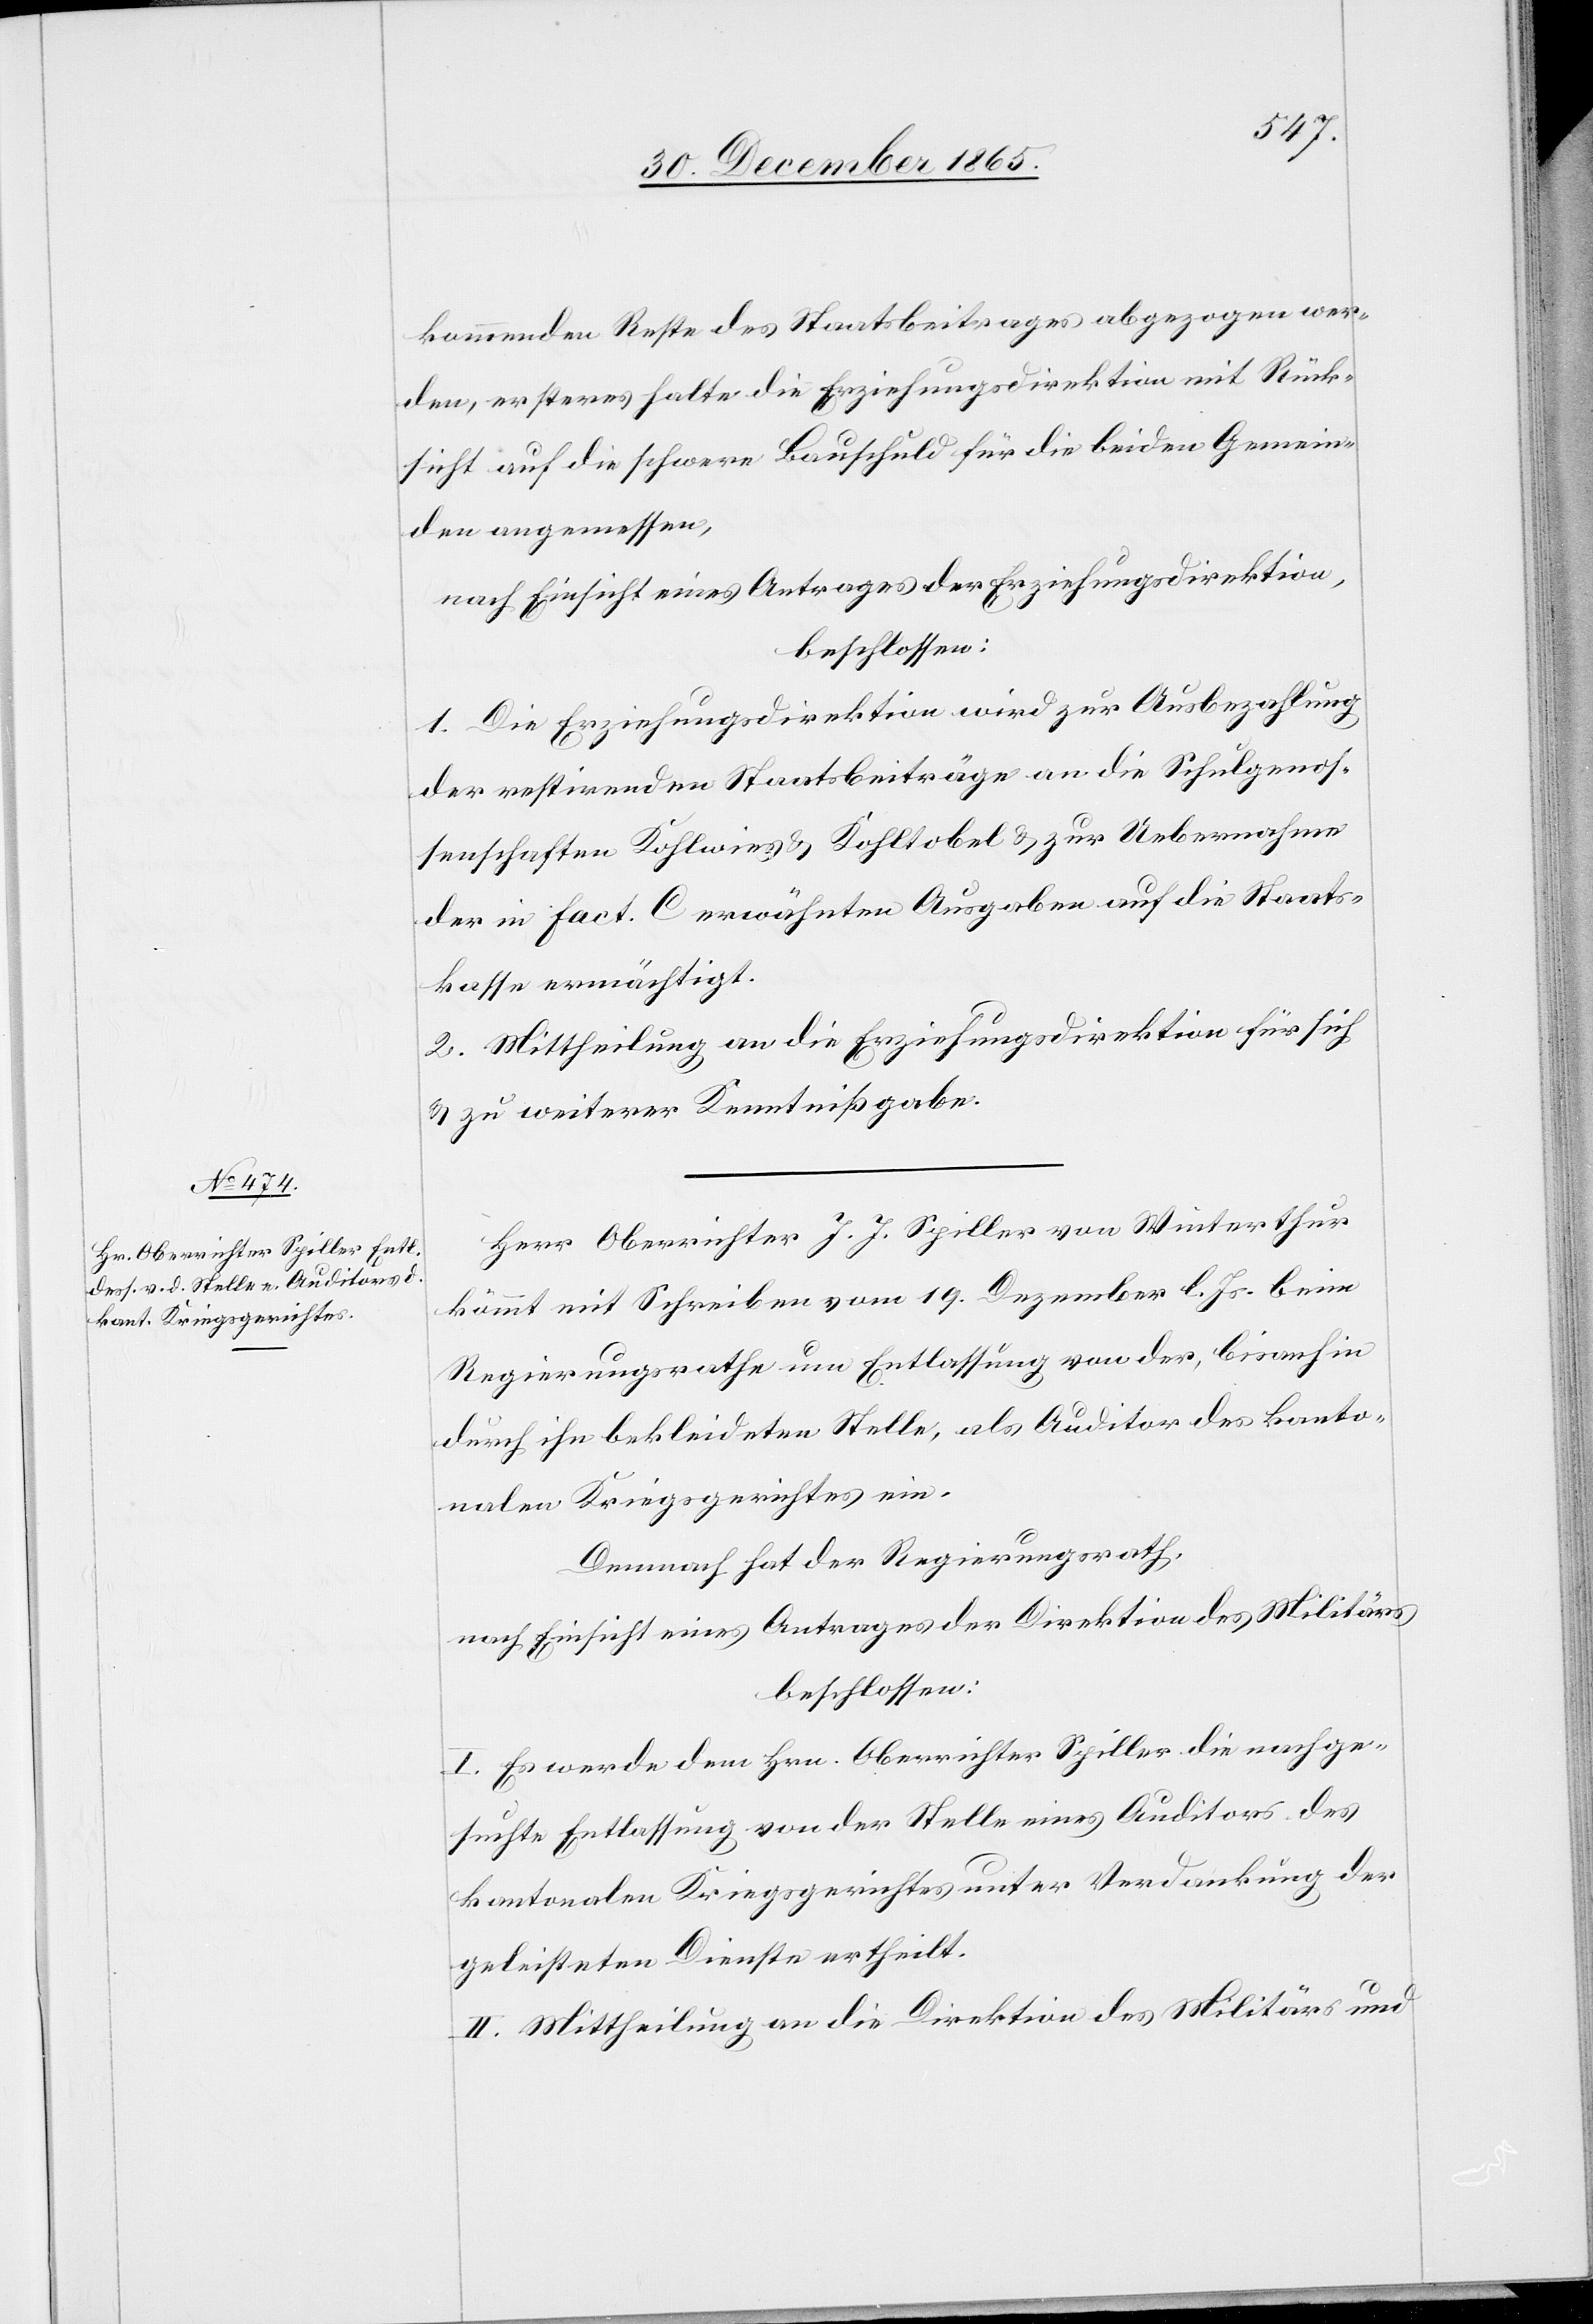
kommenden Reste des Staatsbeitrages abgezogen wer¬
den, ersteres halte die Erziehungsdirektion mit Rück¬
sicht auf die schwere Bauschuld für die beiden Gemein¬
den angemessen,
nach Einsicht eines Antrages der Erziehungsdirektion,
beschlossen:
1. Die Erziehungsdirektion wird zur Ausbezahlung
der restirenden Staatsbeiträge an die Schulgenos¬
senschaften Kohlwies & Kohltobel & zur Uebernahme
der in Fact. C erwähnten Ausgaben auf die Staats¬
kassa ermächtigt.
2. Mittheilung an die Erziehungsdirektion für sich
& zu weiterer Kenntnißgabe.
Herr Oberrichter J. J. Spiller von Winterthur
kömmt mit Schreiben vom 19. Dezember l. Js. beim
Regierungsrathe um Entlassung von der, bisanhin
durch ihn bekleideten Stelle, als Auditor des kanto¬
nalen Kriegsgerichtes ein.
Demnach hat der Regierungsrath,
nach Einsicht eines Antrages der Direktion des Militärs
beschlossen:
I. Es werde dem Hrn. Oberrichter Spiller die nachge¬
suchte Entlassung von der Stelle eines Auditors des
kantonalen Kriegsgerichtes unter Verdankung der
geleisteten Dienste ertheilt.
II. Mittheilung an die Direktion des Militärs und